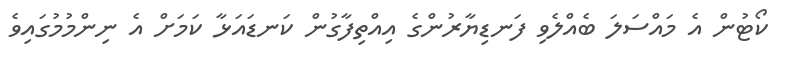
ކޯޓުން އެ މައްސަލަ ބެއްލެވި ފަނޑިޔާރުންގެ އިއްތިފާގުން ކަނޑައަޅާ ކަމަށް އެ ނިންމުމުގައިވެ